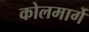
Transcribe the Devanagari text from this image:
कोलमार्गे